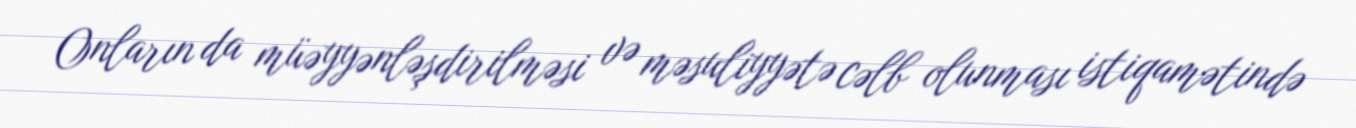
Onların da müəyyənləşdirilməsi və məsuliyyətə cəlb olunması istiqamətində